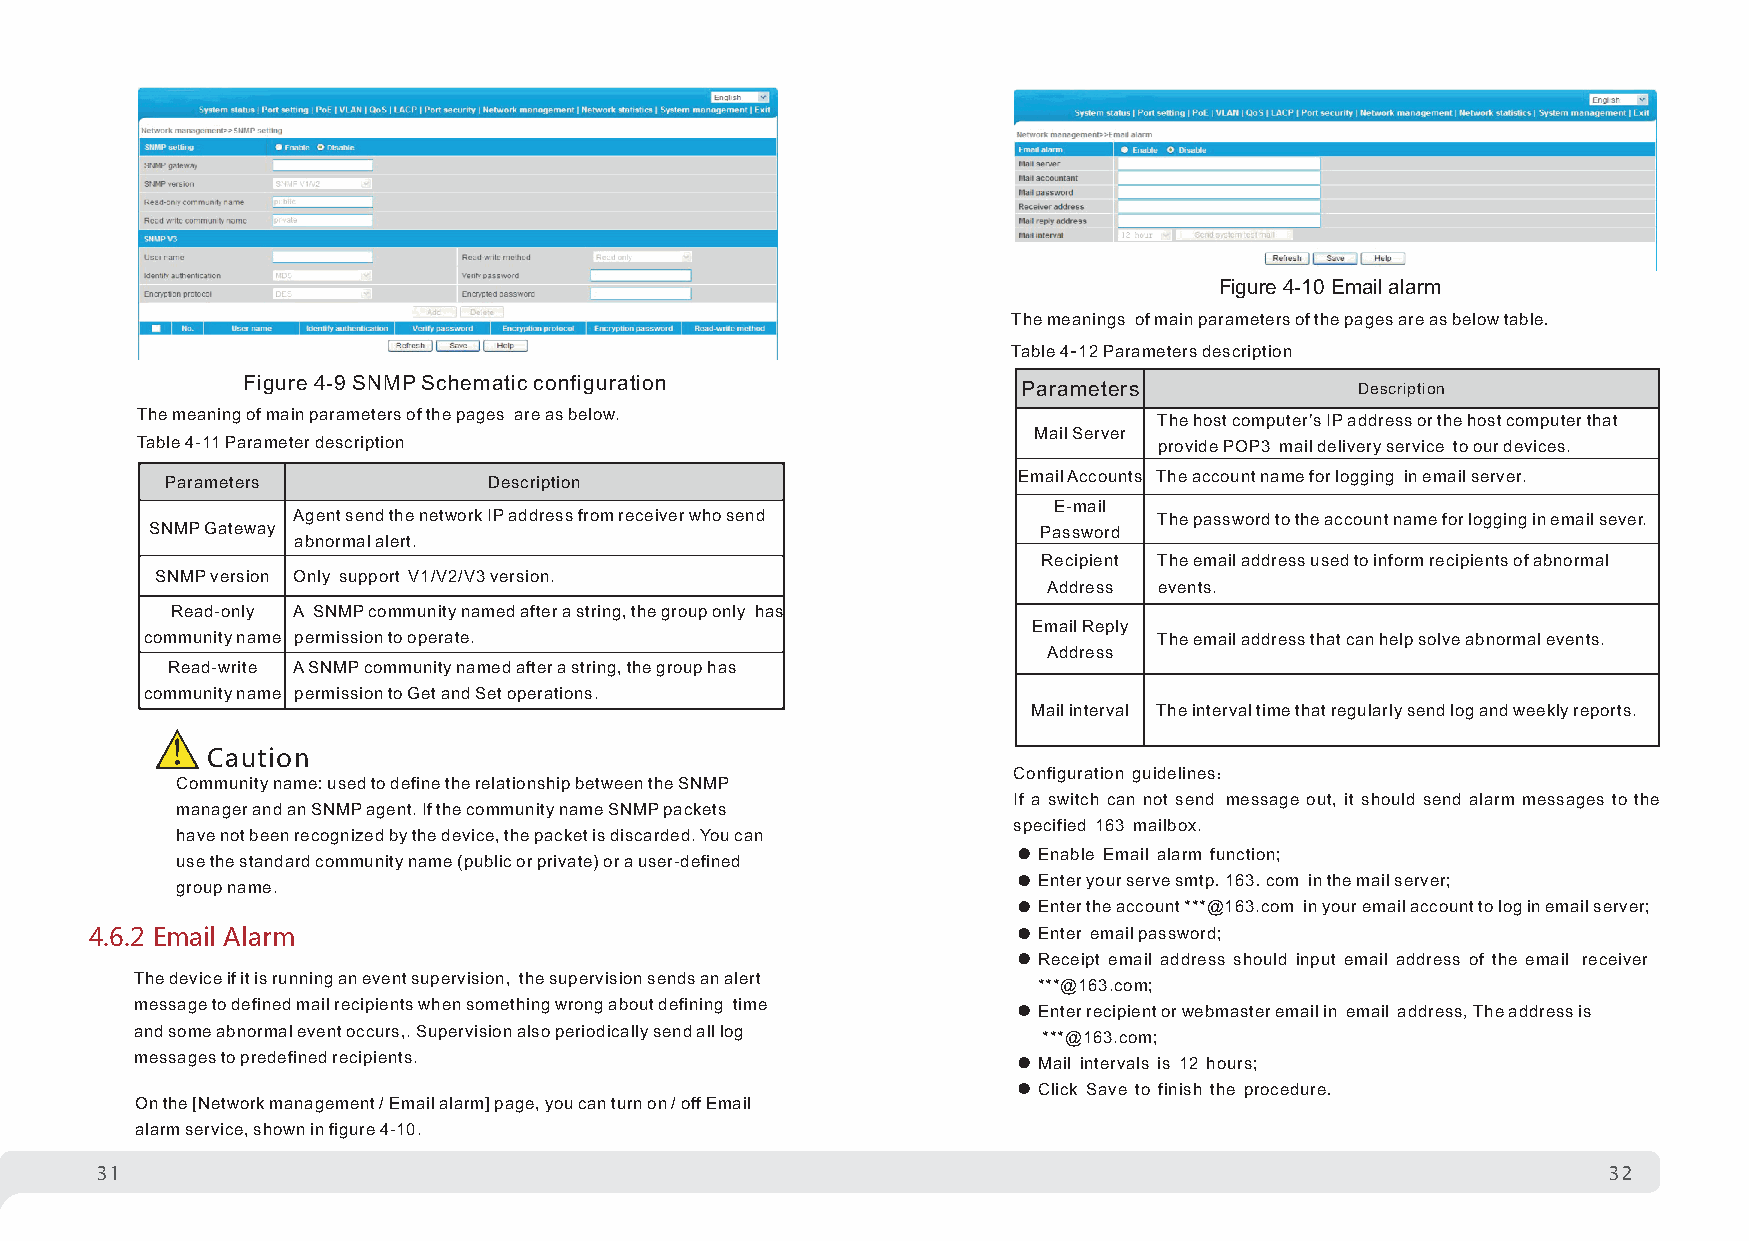
Figure 4-10 Email alarm
 The meanings of main parameters of the pages are as below table.
 Table 4-12 Parameters description
 Figure 4-9 SNMP Schematic configuration             Parameters            Description
 The meaning of main parameters of the pages are as below.           The host computer’s IP address or the host computer that
 Mail Server
 Table 4-11 Parameter description                                    provide POP3 mail delivery service to our devices.
 Parameters           Description                        Email Accounts The account name for logging in email server.
 E-mail
 Agent send the network IP address from receiver who send  The password to the account name for logging in email sever.
 SNMP Gateway                                               Password
 abnormal alert.
 Recipient The email address used to inform recipients of abnormal
 SNMP version Only support V1/V2/V3 version.
 Address events.
 Read-only A SNMP community named after a string, the group only has
 Email Reply
 community name permission to operate.                              The email address that can help solve abnormal events.
 Address
 Read-write A SNMP community named after a string, the group has
 community name permission to Get and Set operations.
 Mail interval The interval time that regularly send log and weekly reports.
 Cau tion
 Configuration guidelines：
 Community name: used to define the relationship between the SNMP
 If a switch can not send message out, it should send alarm messages to the
 manager and an SNMP agent. If the community name SNMP packets
 specified 163 mailbox.
 have not been recognized by the device, the packet is discarded. You can
 Enable Email alarm function;
 use the standard community name (public or private) or a user-defined
 Enter your serve smtp.163.com in the mail server;
 group name.
 Enter the account ***@163.com in your email account to log in email server;
 4.6.2 Email Alarm                                              Enter email password;
 Receipt email address should input email address of the email receiver
 The device if it is running an event supervision, the supervision sends an alert
 ***@163.com;
 message to defined mail recipients when something wrong about defining time Enter recipient or webmaster email in email address,The address is
 and some abnormal event occurs,. Supervision also periodically send all log
 ***@163.com;
 messages to predefined recipients.
 Mail intervals is 12 hours;
 Click Save to finish the procedure.
 On the [Network management / Email alarm] page, you can turn on / off Email
 alarm service, shown in figure 4-10.
 31                                                                                                  332